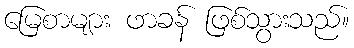
မြေစာများ ဖာခန် ဖြစ်သွားသည်။